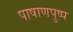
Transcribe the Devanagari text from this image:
पाषाणपुष्प